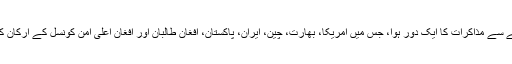
نو نومبر کو روسی دارالحکومت ماسکو میں افغان امن کے حوالے سے مذاکرات کا ایک دور ہوا، جس میں امریکا، بھارت، چین، ایران، پاکستان، افغان طالبان اور افغان اعلیٰ امن کونسل کے ارکان کے علاوہ وسطی ایشیائی ریاستوں کے وفود نے بھی شرکت کی۔